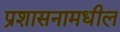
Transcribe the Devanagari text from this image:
प्रशासनामधील